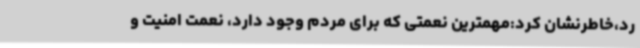
رد،خاطرنشان کرد:مهمترین نعمتی که برای مردم وجود دارد، نعمت امنیت و